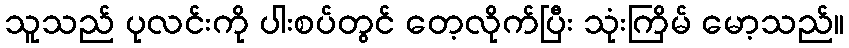
သူသည် ပုလင်းကို ပါးစပ်တွင် တေ့လိုက်ပြီး သုံးကြိမ် မော့သည်။